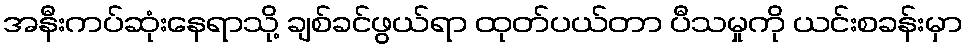
အနီးကပ်ဆုံးနေရာသို့ ချစ်ခင်ဖွယ်ရာ ထုတ်ပယ်တာ ပီသမှုကို ယင်းစခန်းမှာ